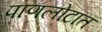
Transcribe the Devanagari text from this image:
पाणलोटात